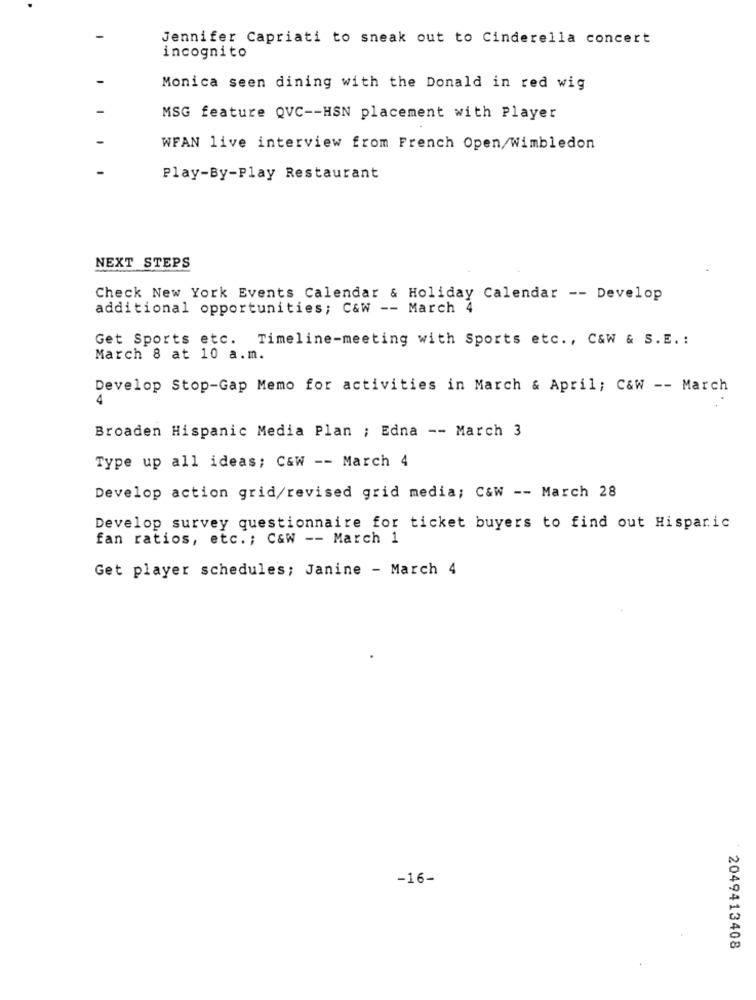
Jennifer Capriati to sneak out to Cinderella concert
incognito
Monica seen dining with the Donald in red wig
MSG feature QVC -- HSN placement with Player
WFAN live interview from French Open/Wimbledon
Play-By-Play Restaurant
NEXT STEPS
Check New York Events Calendar & Holiday Calendar -- Develop
additional opportunities; C&W -- March 4
Get Sports etc. Timeline-meeting with Sports etc ., C&W & S. E. :
March 8 at 10 a.m.
Develop Stop-Gap Memo for activities in March & April; C&W -- March
4
Broaden Hispanic Media Plan ; Edna -- March 3
Type up all ideas; C&w -- March 4
Develop action grid/revised grid media; C&W -- March 28
Develop survey questionnaire for ticket buyers to find out Hispanic
fan ratios, etc .; C&W -- March 1
Get player schedules; Janine - March 4
-16-
2049413408